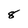
Character: 8